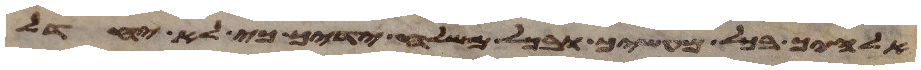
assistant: אלהיך בכל מעשיך ובכל משלח ידיך כי לא יחדל